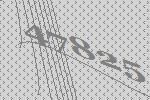
47825